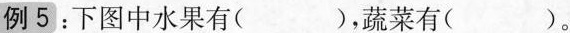
例5：下图中水果有( )，蔬菜有( )。